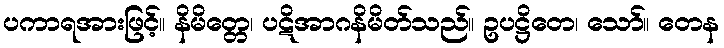
ပကာရအားဖြင့်။ နိမိတ္တေ၊ ပဋိအာဂနိမိတ်သည်။ ဥပဋ္ဌိတေ၊ သော်။ တေန